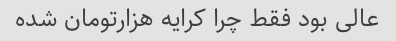
عالی بود فقط چرا کرایه هزارتومان شده